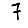
Digit: 7